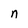
Character: n